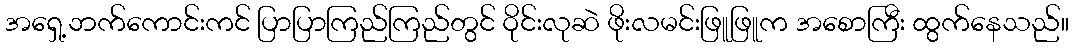
အရှေ့ဘက်ကောင်းကင် ပြာပြာကြည်ကြည်တွင် ဝိုင်းလုဆဲ ဖိုးလမင်းဖြူဖြူက အစောကြီး ထွက်နေသည်။